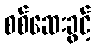
စစ်ဆေးခွင့်